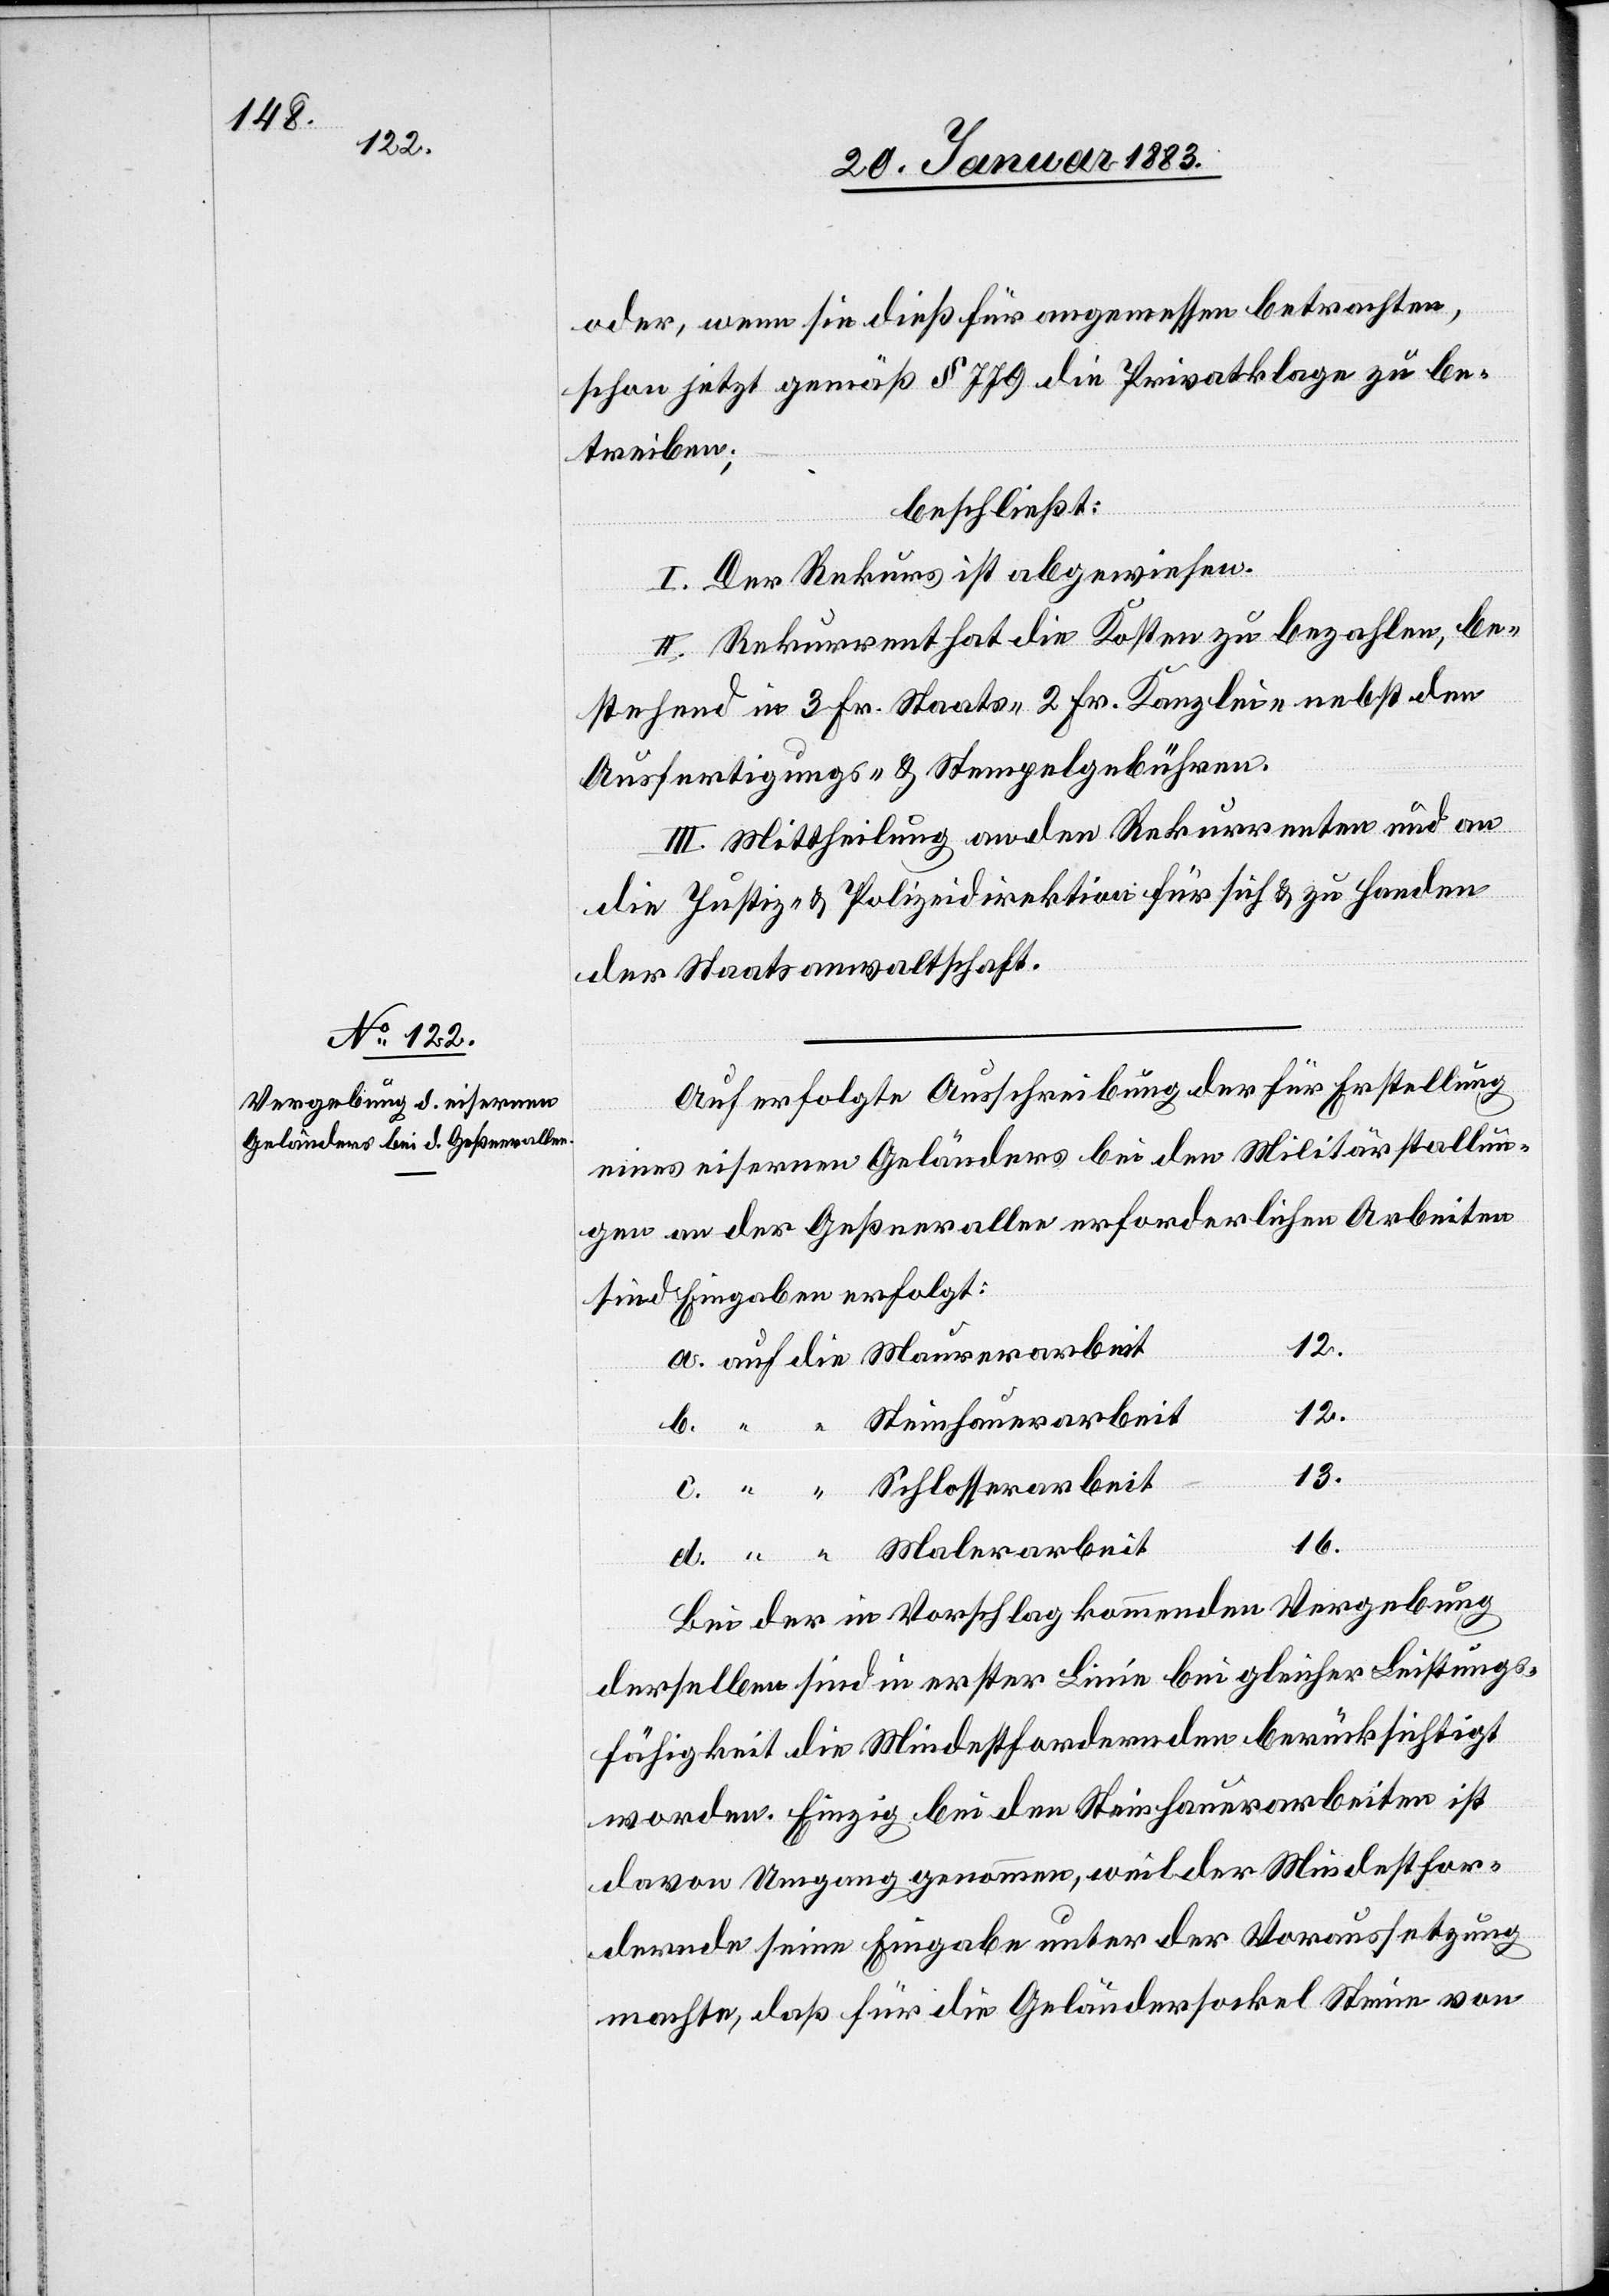
oder, wenn sie dieß für angemessen betrachten,
schon jetzt gemäß § 779 die Privatklage zu be¬
treiben;
beschließt:
I. Der Rekurs ist abgewiesen.
II. Rekurrent hat die Kosten zu bezahlen, be¬
stehend in 3 Fr. Staats-, 2 Fr. Kanzlei- nebst den
Ausfertigungs- & Stempelgebühren.
III. Mittheilung an den Rekurrenten und an
die Justiz- & Polizeidirektion für sich & zu Handen
der Staatsanwaltschaft.
Auf erfolgte Ausschreibung der für Erstellung
eines eisernen Geländers bei den Militärstallun¬
gen an der Geßnerallee erforderlichen Arbeiten
sind Eingaben erfolgt:
12.
a. auf die Maurerarbeit
12.
Steinhauerarbeit
13.
c. “ “ Schlosserarbeit
16.
d. “ “ Malerarbeit
Bei der in Vorschlag kommenden Vergebung
derselben sind in erster Linie bei gleicher Leistungs¬
fähigkeit die Mindestfordernden berücksichtigt
worden. Einzig bei den Steinhauerarbeiten ist
davon Umgang genommen, weil der Mindestfor¬
dernde seine Eingabe unter der Voraussetzung
machte, daß für die Geländersockel Steine von